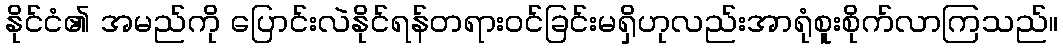
နိုင်ငံ၏ အမည်ကို ပြောင်းလဲနိုင်ရန်တရားဝင်ခြင်းမရှိဟုလည်းအာရုံစူးစိုက်လာကြသည်။